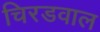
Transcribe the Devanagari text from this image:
चिरडवाल